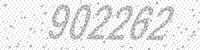
Solution: 902262